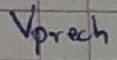
Text: Vprech